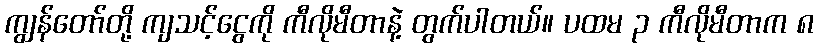
ကျွန်တော်တို့ ကျသင့်ငွေကို ကီလိုမီတာနဲ့ တွက်ပါတယ်။ ပထမ ၃ ကီလိုမီတာက ၈